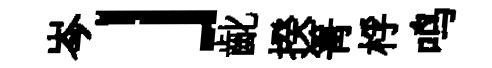
岑」齔揆箐桴鸣